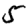
Digit: 5